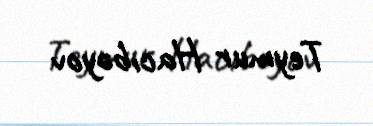
Teymur Hacıbəyov